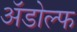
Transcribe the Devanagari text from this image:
अॅडोल्फ